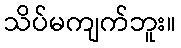
သိပ်မကျက်ဘူး။